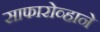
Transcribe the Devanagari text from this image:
साफारोव्हाने